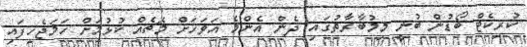
ކުރިކެޓް ބޯޑުން ބުނީ މިމުބާރާތުގައި ދެން އެންމެ އަވަހަށް މެޗެއް ކުޅުމަށް ހަމަޖެހިފައި